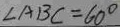
\angle A B C = 6 0 ^ { \circ }